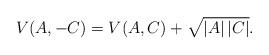
LaTeX: \begin{align*} V(A,-C) = V(A,C)+\sqrt{|A|\,|C|}.\end{align*}